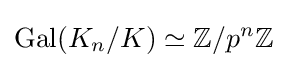
\operatorname {Gal} (K_{n}/K)\simeq \mathbb {Z} /p^{n}\mathbb {Z}